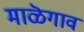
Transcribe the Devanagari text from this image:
माळॆगाव